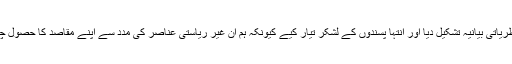
ہم نے ہی نظریاتی بیانیہ تشکیل دیا اور انتہا پسندوں کے لشکر تیار کیے کیونکہ ہم ان غیر ریاستی عناصر کی مدد سے اپنے مقاصد کا حصول چاہتے تھے ۔